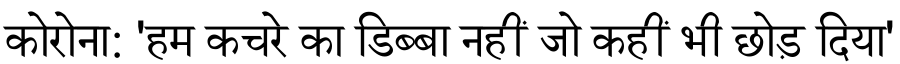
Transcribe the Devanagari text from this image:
कोरोना: 'हम कचरे का डिब्बा नहीं जो कहीं भी छोड़ दिया'